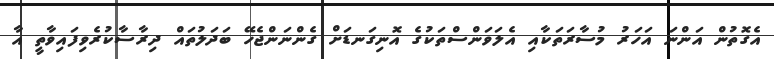
އެގޮތުން އަންނަ އަހަރު މުސާރަތަކާއި އެލަވަންސްތަކުގެ އޮނިގަނޑަށް ގެންނަންޖެހޭ ބަދަލުތައް ދިރާސާކުރެވިފައިވާތީ އާ